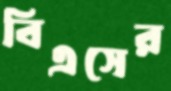
বিএসের